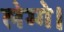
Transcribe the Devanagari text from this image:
लेग्गे।